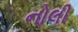
નોલી